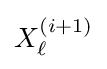
X_{\ell }^{(i+1)}